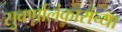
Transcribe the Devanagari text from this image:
सुवर्णालंकारांच्या